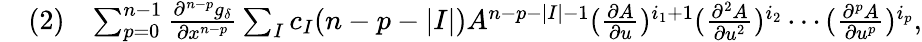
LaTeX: \begin{array}{rlr}&{(2)}&{\sum_{p=0}^{n-1}\frac{\partial^{n-p}g_{\delta}}{\partial x^{n-p}}\sum_{I}c_{I}(n-p-|I|)A^{n-p-|I|-1}(\frac{\partial A}{\partial u})^{i_{1}+1}(\frac{\partial^{2}A}{\partial u^{2}})^{i_{2}}\cdots(\frac{\partial^{p}A}{\partial u^{p}})^{i_{p}},}\end{array}